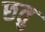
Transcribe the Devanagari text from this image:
छतु